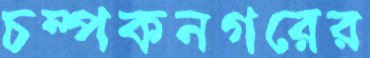
চম্পকনগরের